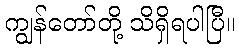
ကျွန်တော်တို့ သိရှိရပါပြီ။